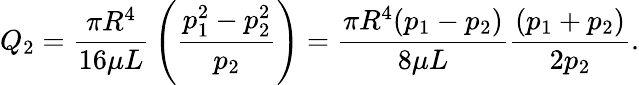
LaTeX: Q_{2}={\frac{\pi R^{4}}{16\mu L}}\left({\frac{p_{1}^{2}-p_{2}^{2}}{p_{2}}}\right)={\frac{\pi R^{4}(p_{1}-p_{2})}{8\mu L}}{\frac{(p_{1}+p_{2})}{2p_{2}}}.